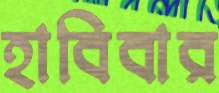
হাবিবার